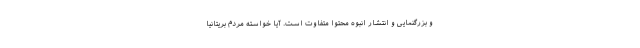
و بزرگنمایی و انتشار انبوه محتوا متفاوت است. آیا خواسته مردم بریتانیا